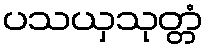
ပသယှသုတ္တံ